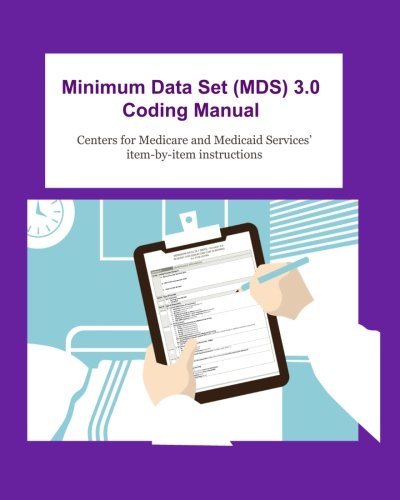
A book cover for Minimum Data Set (MDS) 3.0 Coding Manual: item-by-item instructions for completing the MDS 3.0; Centers for Medicare and Medicaid Services; Medical Books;